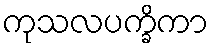
ကုသလပက္ခိကာ